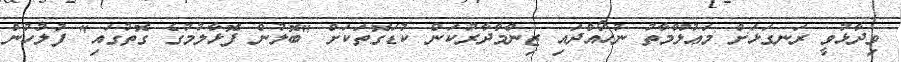
ވިދާޅުވީ ރަނގަޅަށް މަޢުލޫމާތު ނުހޯއްދައި ޒިންމާދާރުކަން ކުޑަގޮތަކަށް "ބޮލުން ފޮޅާލުމުގެ ގޮތުގައި" ފުލުހުން